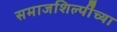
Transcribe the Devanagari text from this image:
समाजशिल्पींच्या